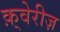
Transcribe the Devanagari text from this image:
क़्वेरीज़